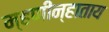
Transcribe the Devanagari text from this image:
म्हणीन्हाताय